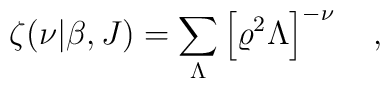
\zeta(\nu|\beta,J)=\sum_{\Lambda}\left[\varrho^2\Lambda\right]^{-\nu}~~~,